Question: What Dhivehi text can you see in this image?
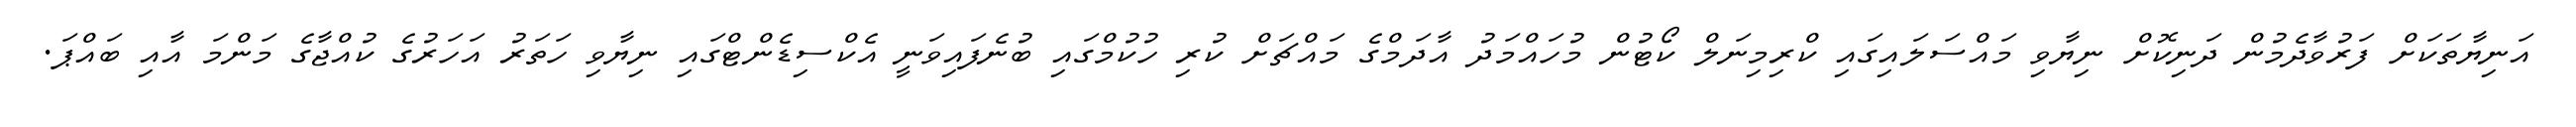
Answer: އަނިޔާތަކަށް ފަރުވާދެމުން ދަނިކޮށް ނިޔާވި މައްސަލައިގައި ކްރިމިނަލް ކޯޓުން މުހައްމަދު އާދަމްގެ މައްޗަށް ކުރި ހުކުމްގައި ބުނެފައިވަނީ އެކްސިޑެންޓްގައި ނިޔާވި ހަތަރު އަހަރުގެ ކުއްޖާގެ މަންމަ އާއި ބައްޕަ.